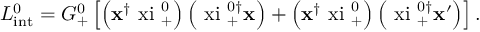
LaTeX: { \cal L } _ { \mathrm { i n t } } ^ { 0 } = G _ { + } ^ { 0 } \left[ \left( { \bf x } ^ { \dagger } \mathrm { \boldmath ~ x i ~ } _ { + } ^ { 0 } \right) \left( \mathrm { \boldmath ~ x i ~ } _ { + } ^ { 0 \dagger } { \bf x } \right) + \left( { \bf x } ^ { \dagger } \mathrm { \boldmath ~ x i ~ } _ { + } ^ { 0 } \right) \left( \mathrm { \boldmath ~ x i ~ } _ { + } ^ { 0 \dagger } { \bf x } ^ { \prime } \right) \right] .